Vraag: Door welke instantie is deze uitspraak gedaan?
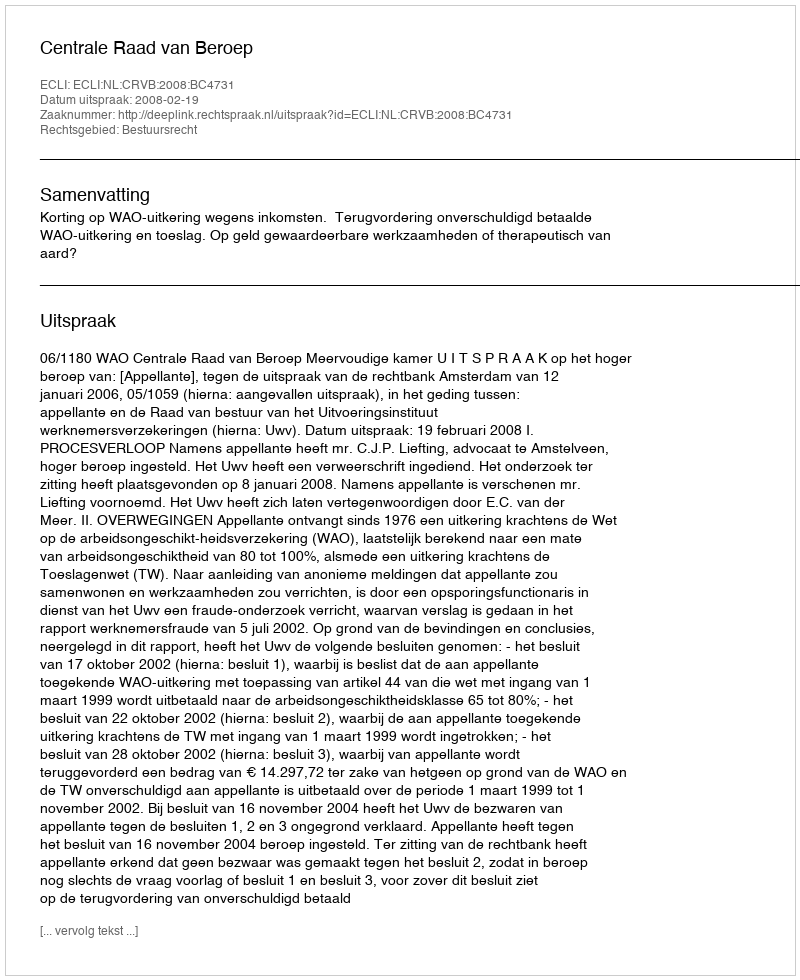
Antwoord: Centrale Raad van Beroep